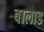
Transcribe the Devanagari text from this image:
बालाड